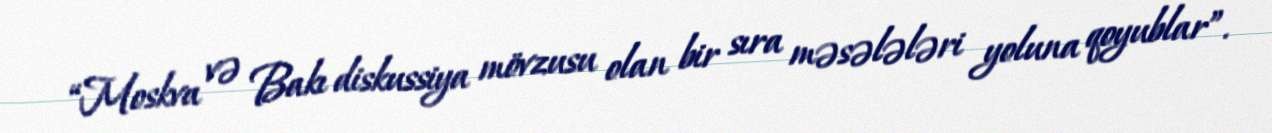
“Moskva və Bakı diskussiya mövzusu olan bir sıra məsələləri yoluna qoyublar”.